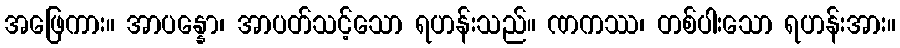
အဖြေကား။ အာပန္နော၊ အာပတ်သင့်သော ရဟန်းသည်။ ဏကဿ၊ တစ်ပါးသော ရဟန်းအား။